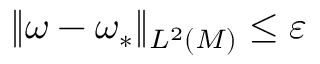
\| \omega - \omega _ { * } \| _ { L ^ { 2 } ( M ) } \leq \varepsilon